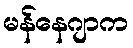
မန်နေဂျာက